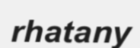
rhatany